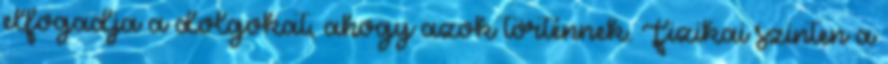
elfogadja a dolgokat, ahogy azok történnek. Fizikai szinten a